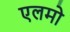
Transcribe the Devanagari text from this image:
एलमो